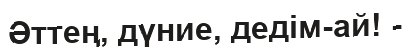
Әттең, дүние, дедім-ай! -